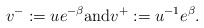
\begin{align*}v^-:=ue^{-\beta} \textrm{and} v^+:=u^{-1}e^\beta.\end{align*}